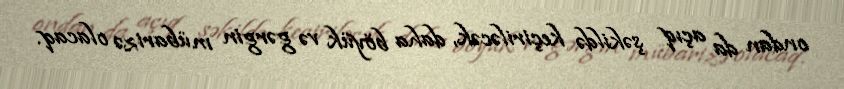
ondan da açıq şəkildə keçiriləcək, daha böyük və gərgin mübarizə olacaq.